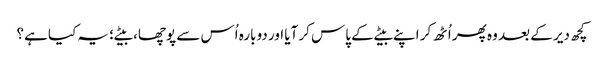
کچھ دیر کے بعد وہ پھر اُٹھ کر اپنے بیٹے کے پاس کر آیا اور دوبارہ اُس سے پوچھا، بیٹے؛ یہ کیا ہے؟